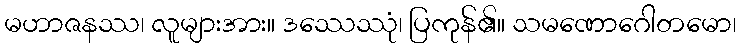
မဟာဇနဿ၊ လူများအား။ ဒဿေဿုံ၊ ပြကုန်၏။ သမဏောဂေါတမော၊